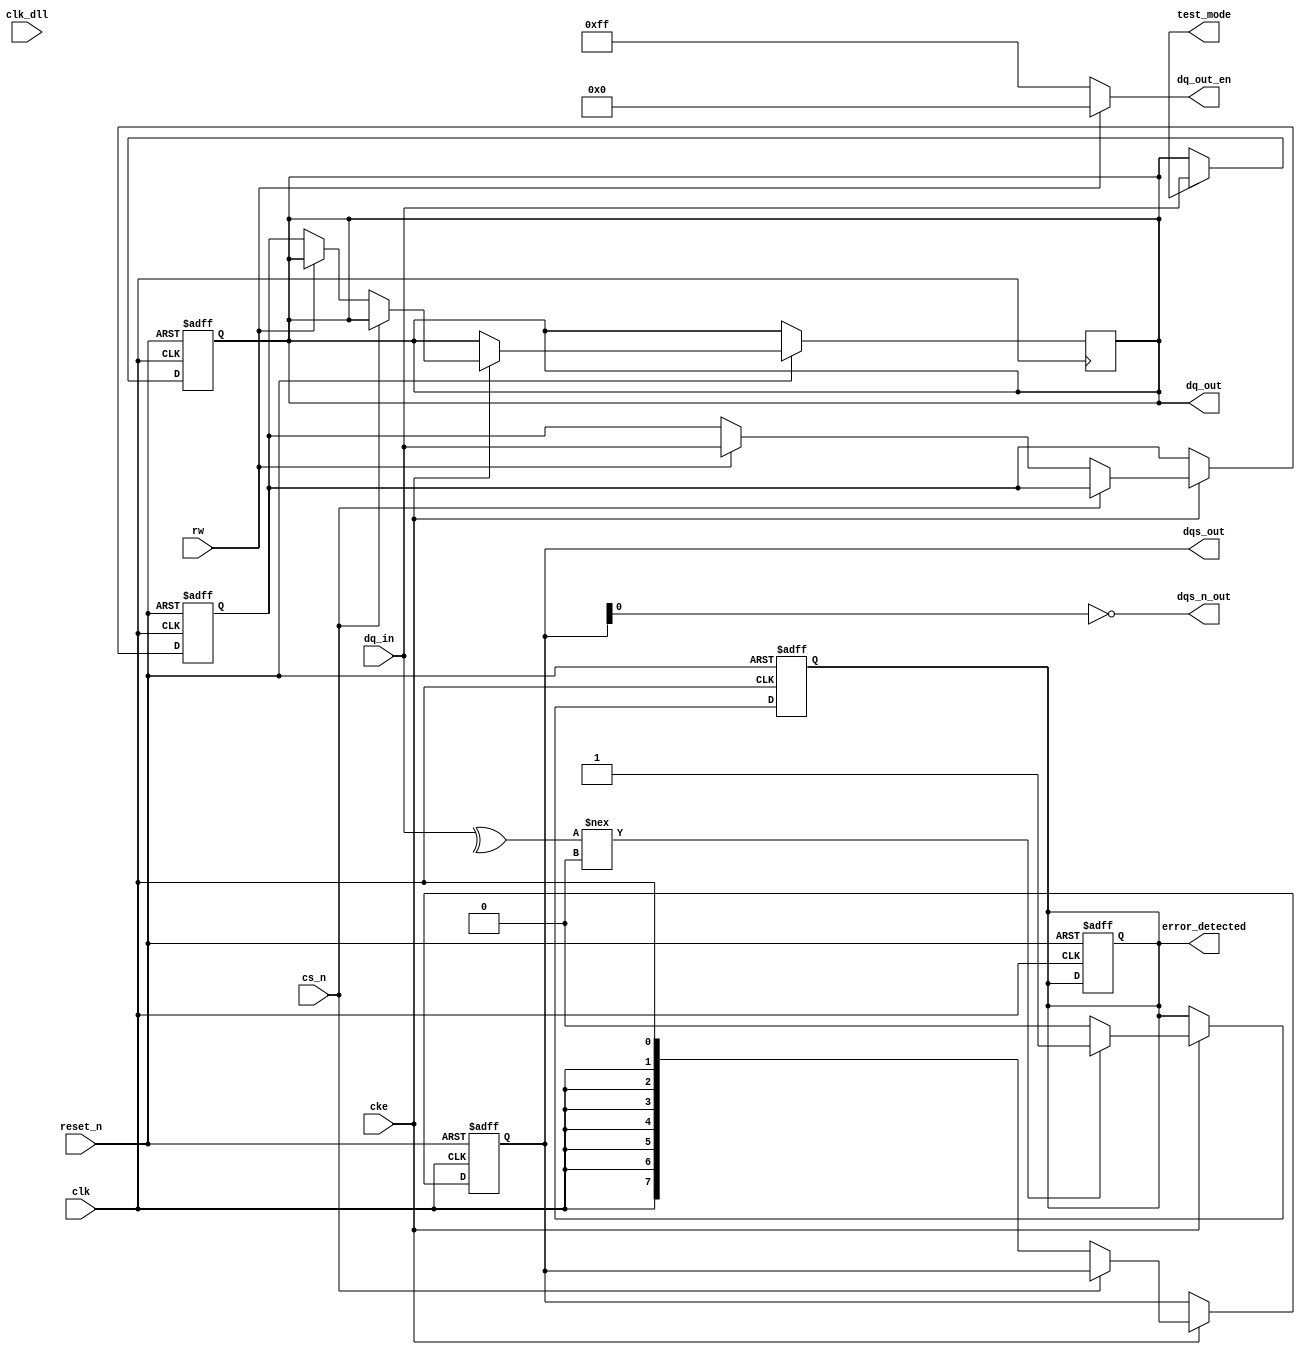
module gddr5_io_block (
    input wire clk,             // Clock input
    input wire clk_dll,        // Clock input for DLL
    input wire cs_n,           // Chip Select (active low)
    input wire rw,             // Read/Write control
    input wire cke,            // Clock Enable
    input wire reset_n,        // Reset (active low)
    input wire [7:0] dq_in,    // Data input (8 bits)
    output wire [7:0] dq_out,   // Data output (8 bits)
    output wire [7:0] dqs_out,  // Data Strobe output
    output wire dqs_n_out,      // Inverted Data Strobe output
    output wire [7:0] dq_out_en, // Data output enable
    output wire error_detected,  // Error detection signal
    output wire test_mode       // Test mode signal
);

// Internal signals
reg [7:0] dq_buffer;           // Buffer for data lines
reg [7:0] dqs_buffer;          // Buffer for DQS signals
reg error_flag;                // Error flag for EDC

// Command decoder
always @(posedge clk or negedge reset_n) begin
    if (!reset_n) begin
        dq_buffer <= 8'b0;
        dqs_buffer <= 8'b0;
        error_flag <= 1'b0;
    end else if (cke) begin
        if (cs_n == 1'b0) begin // Active if CS is low
            if (rw == 1'b1) begin // Read operation
                dq_buffer <= dq_in; // Capture input data
                // Simulate DQS signal generation
                dqs_buffer <= {8{clk}}; // Example: DQS follows clock
            end else begin // Write operation
                dq_out <= dq_buffer; // Output buffered data
                // Generate DQS signals
                dqs_buffer <= {8{clk}}; // Example: DQS follows clock
            end
        end
    end
end

// Drive output signals
assign dq_out_en = (rw == 1'b0) ? 8'hFF : 8'h00; // Enable output during write
assign dqs_out = dqs_buffer; // Drive DQS output
assign dqs_n_out = ~dqs_buffer; // Inverted DQS output

// Error detection logic (simple parity check)
always @(posedge clk or negedge reset_n) begin
    if (!reset_n) begin
        error_flag <= 1'b0;
    end else if (cke) begin
        // Example error detection logic (parity)
        if (^dq_in !== 1'b0) begin // Check for parity error
            error_flag <= 1'b1; // Set error flag
        end else begin
            error_flag <= 1'b0; // Clear error flag
        end
    end
end

assign error_detected = error_flag; // Output error detection signal

// Test mode logic (loopback for testing)
always @(posedge clk or negedge reset_n) begin
    if (!reset_n) begin
        dq_out <= 8'b0;
    end else if (test_mode) begin
        dq_out <= dq_in; // Loopback test mode
    end
end

endmodule